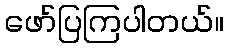
ဖော်ပြကြပါတယ်။